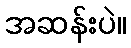
အဆန်းပဲ။